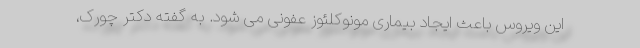
این ویروس باعث ایجاد بیماری مونوکلئوز عفونی می شود. به گفته دکتر چورک،